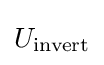
U_{\mathrm {invert} }